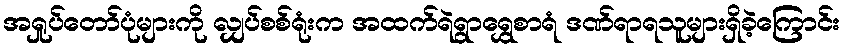
အရှုပ်တော်ပုံများကို လျှပ်စစ်ရုံးက အထက်ရဲရွာရွှေစာရံ ဒဏ်ရာရသူများရှိခဲ့ကြောင်း